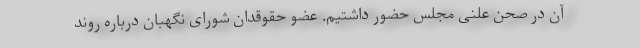
آن در صحن علنی مجلس حضور داشتیم. عضو حقوقدان شورای نگهبان درباره روند